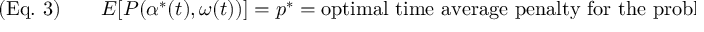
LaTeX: ( { \mathrm { E q . ~ } } 3 ) \qquad E [ P ( \alpha ^ { * } ( t ) , \omega ( t ) ) ] = p ^ { * } = { \mathrm { o p t i m a l ~ t i m e ~ a v e r a g e ~ p e n a l t y ~ f o r ~ t h e ~ p r o b l e m } }